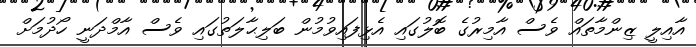
އާއިލީ ޒިންމާތައް ވެސް އާމިރުގެ ބޮލުގައި އެޅިފައިވުމުން ބަލިޙާލަތުގައި ވެސް އާމްދަނީ ހޯދުމަށް